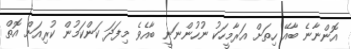
އޮންނާނެ ބާއޭ ހިތަށް އަރާމީހަކު ނުހުންނަނީ ބާއެވެ މިފަދަ ކަންކަމުން ކުރިއަށް އޮތް